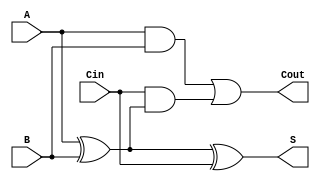
module LowPowerFullAdder (
    input wire A,      // First input bit
    input wire B,      // Second input bit
    input wire Cin,    // Carry-in bit
    output wire S,     // Sum output
    output wire Cout   // Carry-out output
);

// Internal signals
wire AxorB;         // Intermediate signal for A XOR B

// Logic functionality
assign AxorB = A ^ B;         // A XOR B
assign S = AxorB ^ Cin;       // Sum output: S = A XOR B XOR Cin
assign Cout = (A & B) | (Cin & AxorB); // Carry-out: Cout = (A AND B) OR (Cin AND (A XOR B))

endmodule